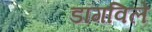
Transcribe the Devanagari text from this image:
डॉगविले